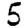
Digit: 5